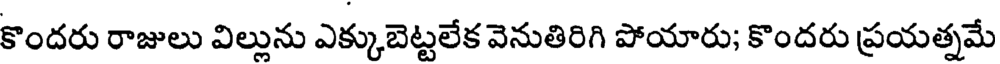
కొందరు రాజులు విల్లును ఎక్కుబెట్టలేక వెనుతిరిగి పోయారు; కొందరు ప్రయత్నమే